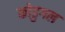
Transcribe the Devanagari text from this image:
कोडुगल